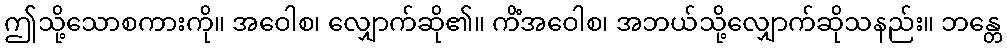
ဤသို့သောစကားကို။ အဝေါစ၊ လျှောက်ဆို၏။ ကိံအဝေါစ၊ အဘယ်သို့လျှောက်ဆိုသနည်း။ ဘန္တေ